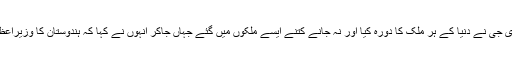
اس میں کوئی شک نہیں کہ مودی جی نے دنیا کے ہر ملک کا دورہ کیا اور نہ جانے کتنے ایسے ملکوں میں گئے جہاں جاکر انہوں نے کہا کہ ہندوستان کا وزیراعظم اس ملک میں پہلی بار آیا ہے۔